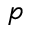
p